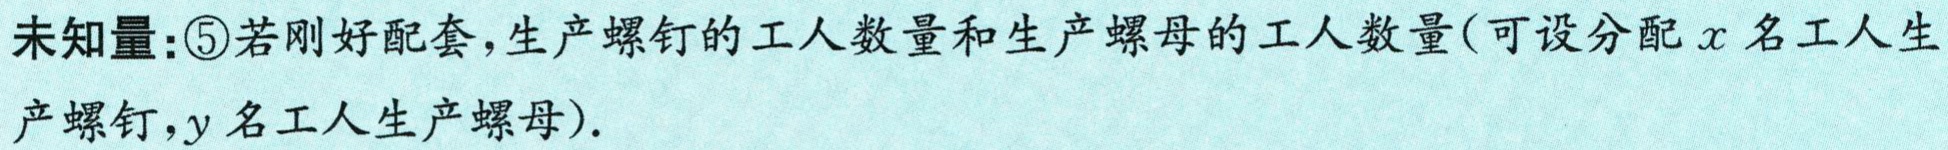
未知量：\textcircled{5}若刚好配套，生产螺钉的工人数量和生产螺母的工人数量(可设分配\(x\)名工人生

产螺钉，\(y\)名工人生产螺母).